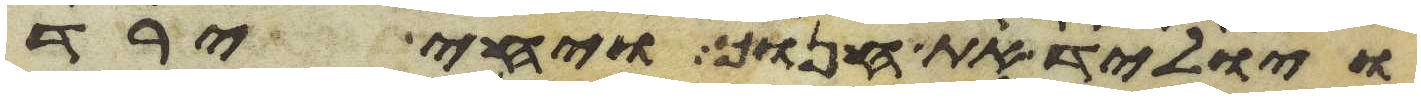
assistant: ויוליד את חנוך ויחי ירד